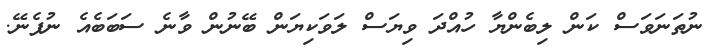
ނުތަނަވަސް ކަން ލިބެންޔާ ހުއްދަ ވިޔަސް ލަވަކިޔަން ބޭނުން ވާނެ ސަބަބެއެ ނުފެނޭ.